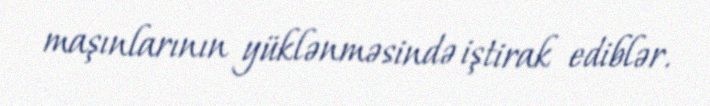
maşınlarının yüklənməsində iştirak ediblər.